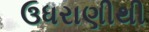
ઉધરાણીથી